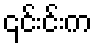
၎င်းင်းက